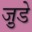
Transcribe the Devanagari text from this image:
जु़डे